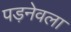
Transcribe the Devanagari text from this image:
पड़नेवला